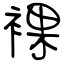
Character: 裸